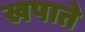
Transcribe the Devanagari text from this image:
खपाते